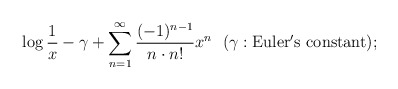
\begin{align*}\log \frac{1}{x}-\gamma+\sum_{n=1}^{\infty} \frac{(-1)^{n-1}}{n\cdot n!}x^{n}\ \ (\gamma: \rm{Euler's\ constant});\end{align*}